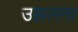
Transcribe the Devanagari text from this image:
उझलना